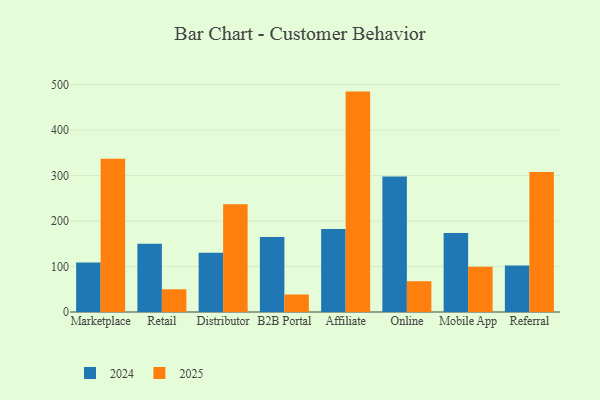
{"axis": {"x": "Channel", "y": "Headcount"}, "legend": ["2024", "2025"], "data": [{"x": "Marketplace", "y": 337.1, "type": "2025"}, {"x": "Marketplace", "y": 108.9, "type": "2024"}, {"x": "Retail", "y": 50.0, "type": "2025"}, {"x": "Retail", "y": 150.1, "type": "2024"}, {"x": "Distributor", "y": 236.9, "type": "2025"}, {"x": "Distributor", "y": 130.5, "type": "2024"}, {"x": "B2B Portal", "y": 38.5, "type": "2025"}, {"x": "B2B Portal", "y": 165.2, "type": "2024"}, {"x": "Affiliate", "y": 484.8, "type": "2025"}, {"x": "Affiliate", "y": 182.8, "type": "2024"}, {"x": "Online", "y": 67.7, "type": "2025"}, {"x": "Online", "y": 298.2, "type": "2024"}, {"x": "Mobile App", "y": 99.5, "type": "2025"}, {"x": "Mobile App", "y": 173.8, "type": "2024"}, {"x": "Referral", "y": 307.8, "type": "2025"}, {"x": "Referral", "y": 102.5, "type": "2024"}]}